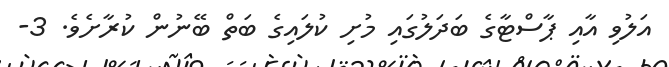
އަލުވި އާއި ޕާސްޓާގެ ބަދަލުގައި މުށި ކުލައިގެ ބަތް ބޭނުން ކުރާށެވެ. 3-